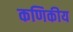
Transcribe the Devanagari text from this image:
कणिकीय